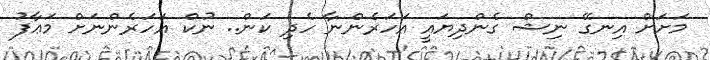
މަށަށް އިނގޭ ނިޝް ގެންދިޔައީ އަހަރެންނާ ހެދި ކަން.. ނުކް އަހަރެންނަށް މަޢާފު